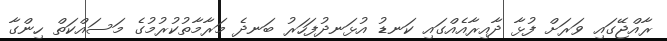
ރާއްޖޭގައި ވަރަށް ފުޅާ ދާއިރާއެއްގައި ކަނޑު އުޅަނދުފަހަރު ބަނދެ މަރާމާތުކުރުމުގެ މަސައްކަތް ހިންގާ